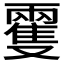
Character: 𩀝